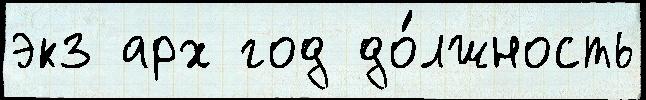
экз арх год до́лжность